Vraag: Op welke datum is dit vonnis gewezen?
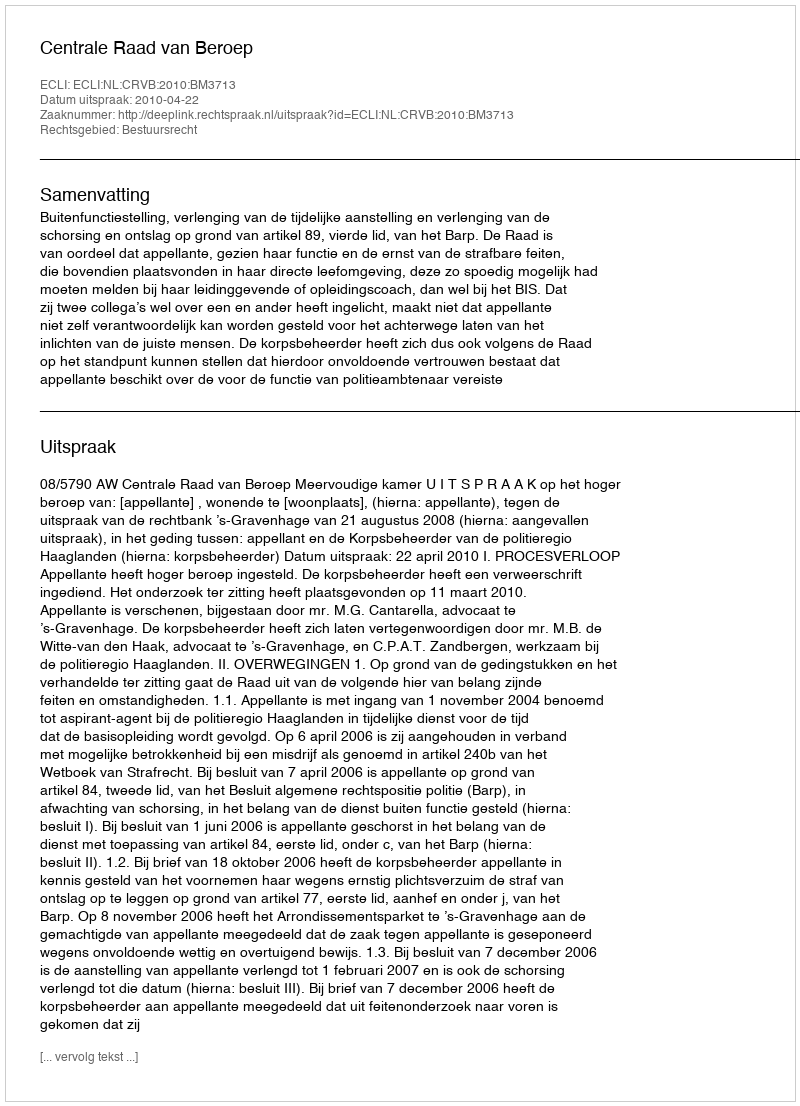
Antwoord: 2010-04-22